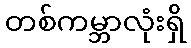
တစ်ကမ္ဘာလုံးရှိ